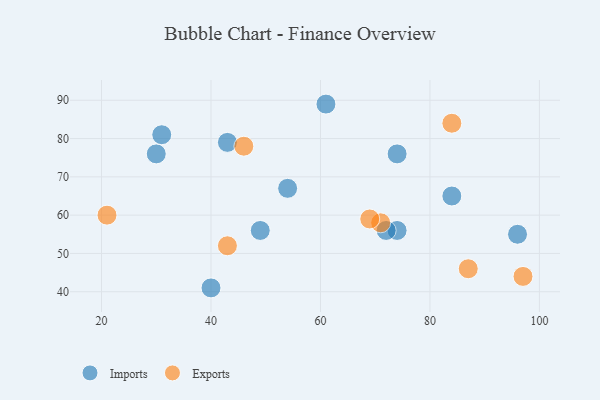
{"axis": {"x": "GDP", "y": "Life Expectancy"}, "legend": ["Exports", "Imports"], "data": [{"x": "30", "y": 76, "type": "Imports"}, {"x": "74", "y": 56, "type": "Imports"}, {"x": "96", "y": 55, "type": "Imports"}, {"x": "40", "y": 41, "type": "Imports"}, {"x": "43", "y": 79, "type": "Imports"}, {"x": "72", "y": 56, "type": "Imports"}, {"x": "54", "y": 67, "type": "Imports"}, {"x": "74", "y": 76, "type": "Imports"}, {"x": "84", "y": 65, "type": "Imports"}, {"x": "31", "y": 81, "type": "Imports"}, {"x": "49", "y": 56, "type": "Imports"}, {"x": "61", "y": 89, "type": "Imports"}, {"x": "71", "y": 58, "type": "Exports"}, {"x": "87", "y": 46, "type": "Exports"}, {"x": "97", "y": 44, "type": "Exports"}, {"x": "21", "y": 60, "type": "Exports"}, {"x": "43", "y": 52, "type": "Exports"}, {"x": "69", "y": 59, "type": "Exports"}, {"x": "84", "y": 84, "type": "Exports"}, {"x": "46", "y": 78, "type": "Exports"}]}